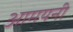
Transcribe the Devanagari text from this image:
आमयनी